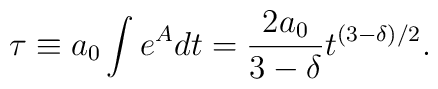
\tau \equiv a_0 \int e^A dt = \frac{2a_0}{3-\delta} t^{(3-\delta)/2} .